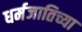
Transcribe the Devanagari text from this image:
धर्मजातिच्या